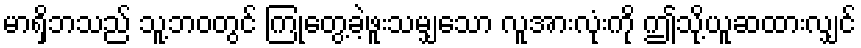
မာရှိဘသည် သူ့ဘဝတွင် ကြုံတွေ့ခဲ့ဖူးသမျှသော လူအားလုံးကို ဤသို့ယူဆထားလျှင်